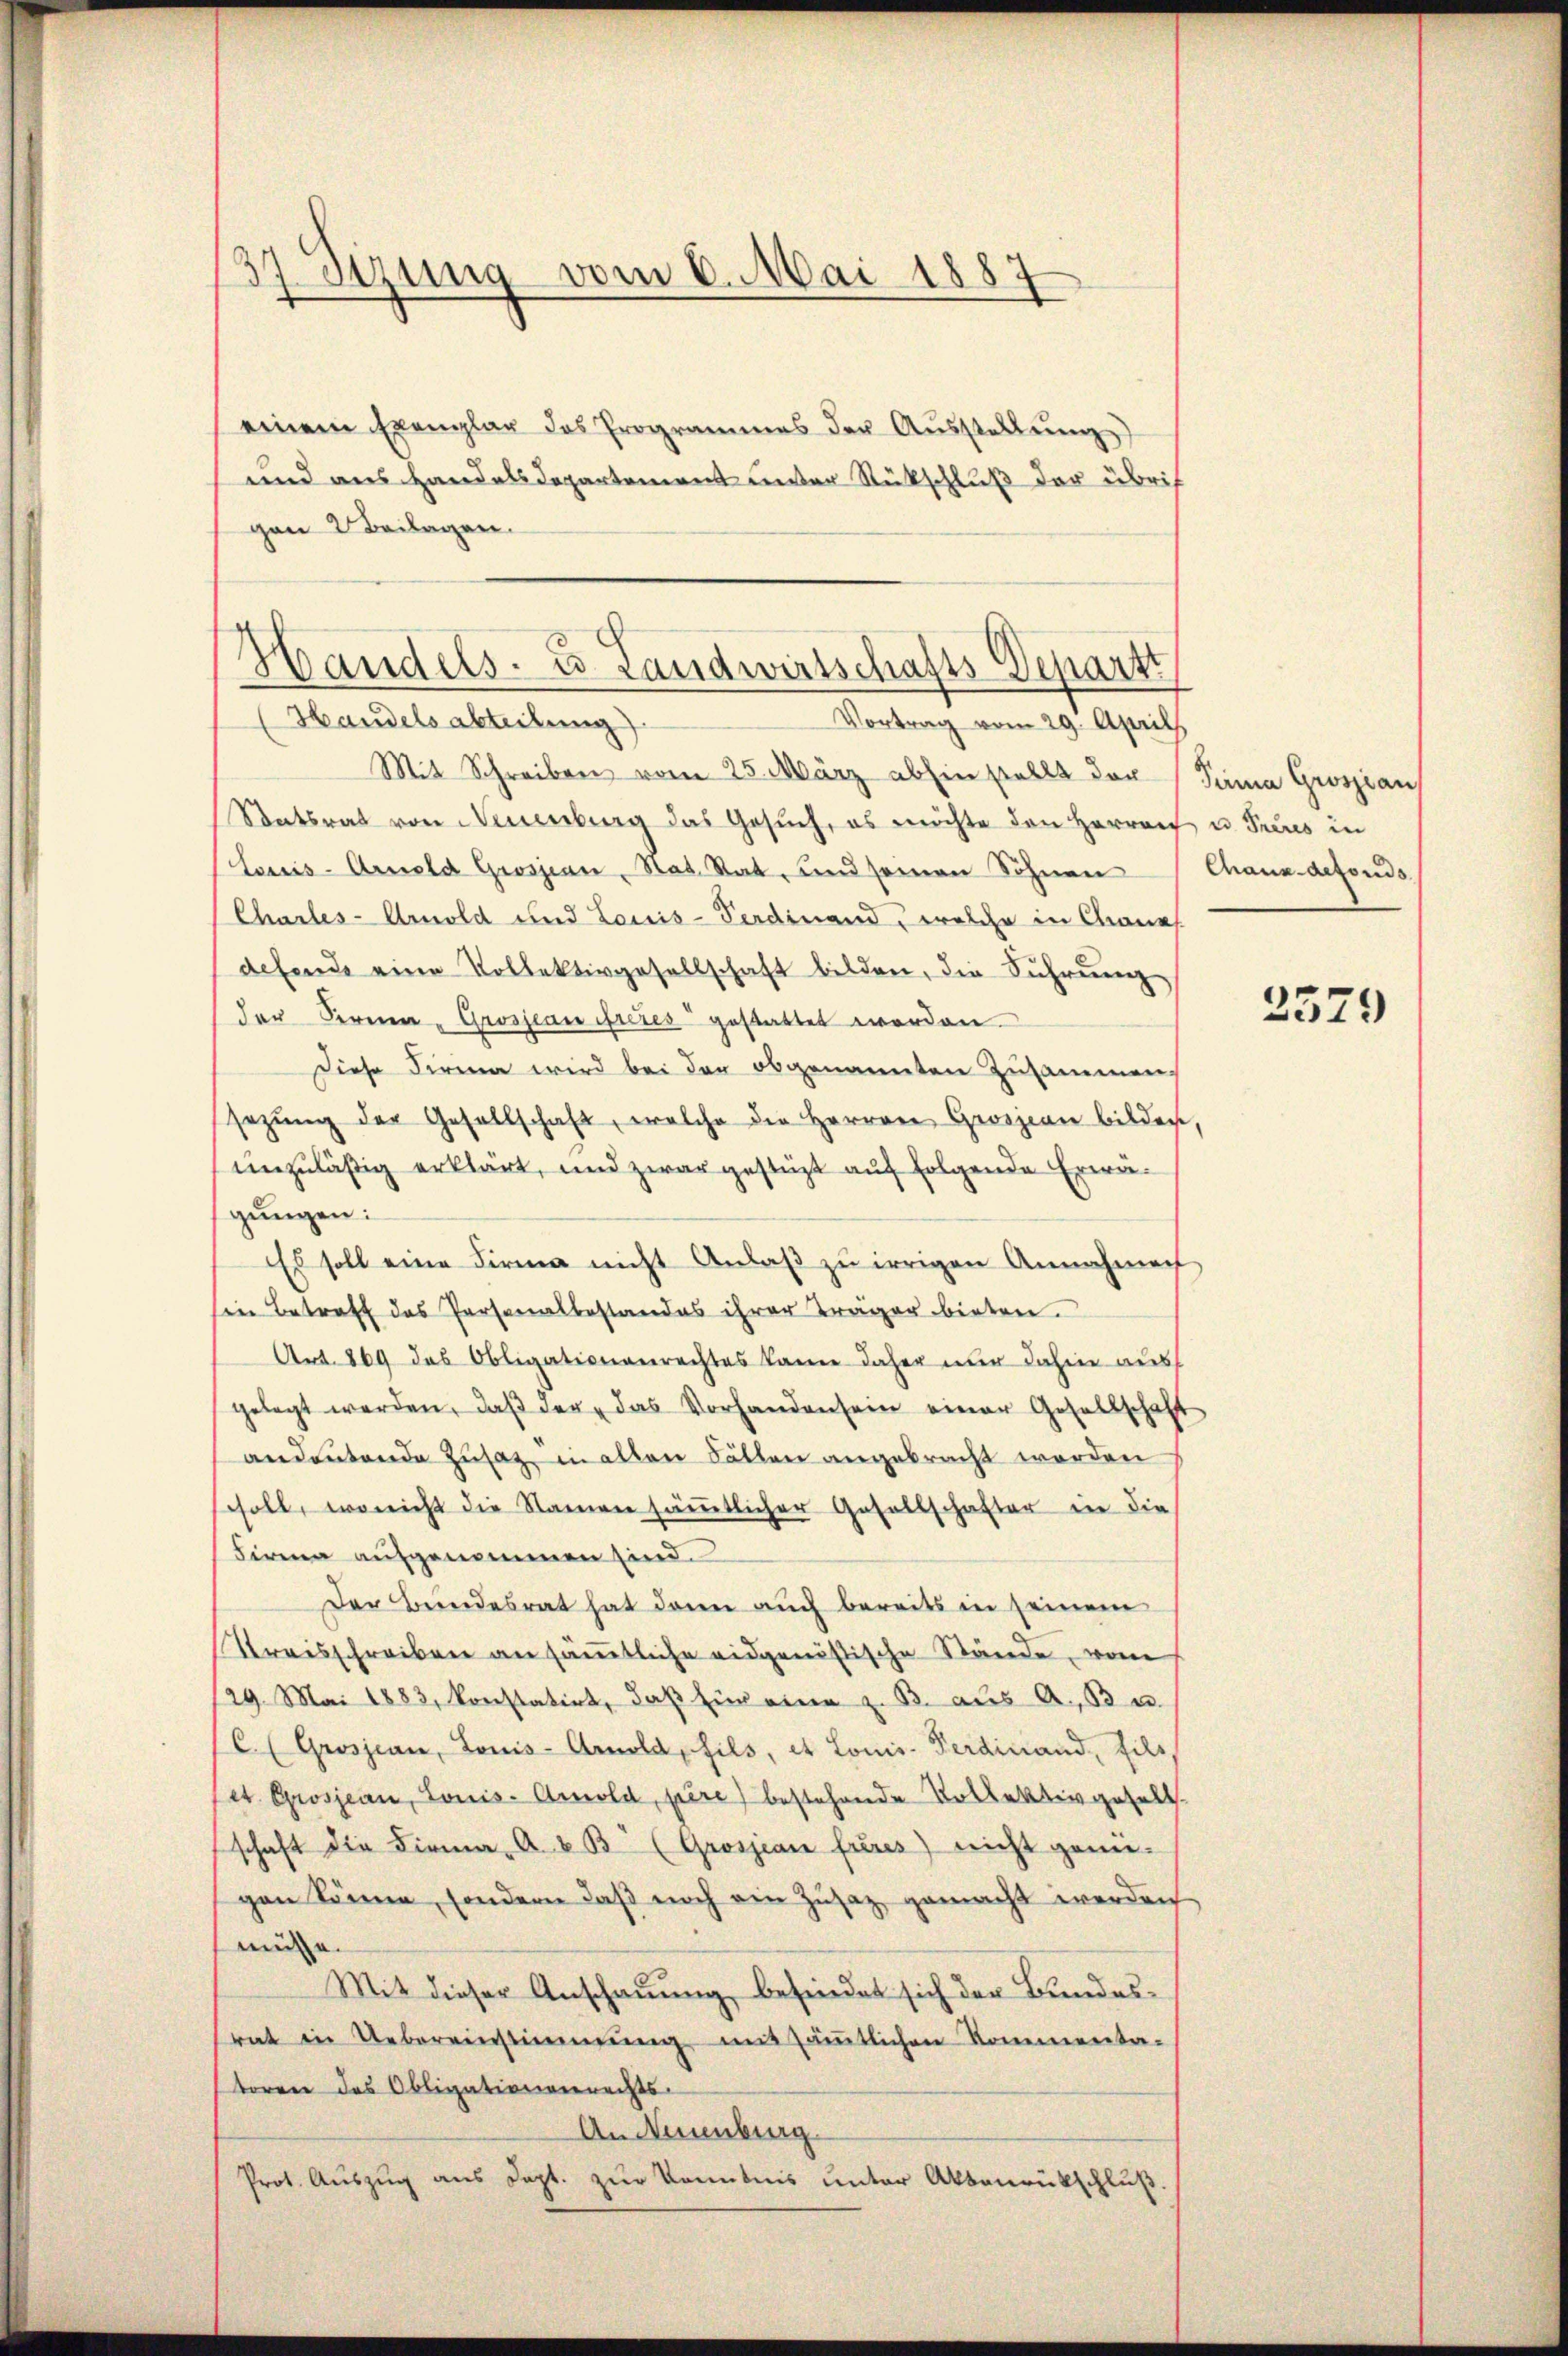
37 Sizung vom 6. Mai 1887

gen Beilagen.

einem Exemplar das Programmes der Aŭsstellŭng
und aus Handelsdepartement unter Rückschluß der übrig

Handels- u Landwirtschafts-Departt
Handelsabteilung).
Vortrag vom 29. April

Mit Schreiben vom 25. März abhin stellt der Sina Grossian
Statsrat von Neuenburg das Gesŭch, es möchte den Herren u. Preus in
Louis-Arnold Grossian Rat. Rat, und seinen Söhnen Chaux-defonds
Charles-Arnold und Louis-Ferdinand, welche in Chane
defonds eine Vollektivgesellschaft bilden, die Führung
der Fernen Grosjean freies gestattet worden.
diese Firma wird bei der obgenannten Zusammens
sezŭng der Gesellschaft, welche die Herren Grossian bilden,
unzuläßig erklärt, und zwar gestüzt auf folgende Erwägungen:
Es soll eine Firma nicht Anlaβ zŭ irrigen Annahmen
sen Betreff des Personalbestandes ihrer Träger bieten.
Art. 869 des Obligationenrechtes kanne daher nur dahin aus
gelegt werden, daβ der das Vorhandensein einer Gesellschaft
andeutende Zusatz in allen Fällen angebracht werden
soll, wo nicht die Namen sämmtlicher Gesellschafter in die
Firma aufgenommen sind.
Der Bundesrat hat dann auch bereits in seinem
Streisschreiben an sämtliche eidgenössische Stände, von
29. Mai 1883, konstatirt, daβ für eine z. B. aus A., 13 u.
C. (Grosjean, Louis-Arnold, fils, et Louis Ferdinand, fils,
set. Grosjean, Louis-Arnold, pere) bestehende Vollektivgesell
schaft die Firma A & B. (Grossian freies) nicht genü-
gen könne, sondern daß noch ein Zusatz gemacht werden
müsse.
Mit dieser Anschauung befindet sich der Bundesrat in Uebereinstimmung mit säṁtlichen Kommenta-
toren des Obligationenrechts-
An Neuenburg.
Prot. Aŭszŭg aŭs dept. zŭr Kenntnis unter Aktenrückschlŭβ.

2579